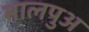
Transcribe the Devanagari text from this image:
मालपुअ